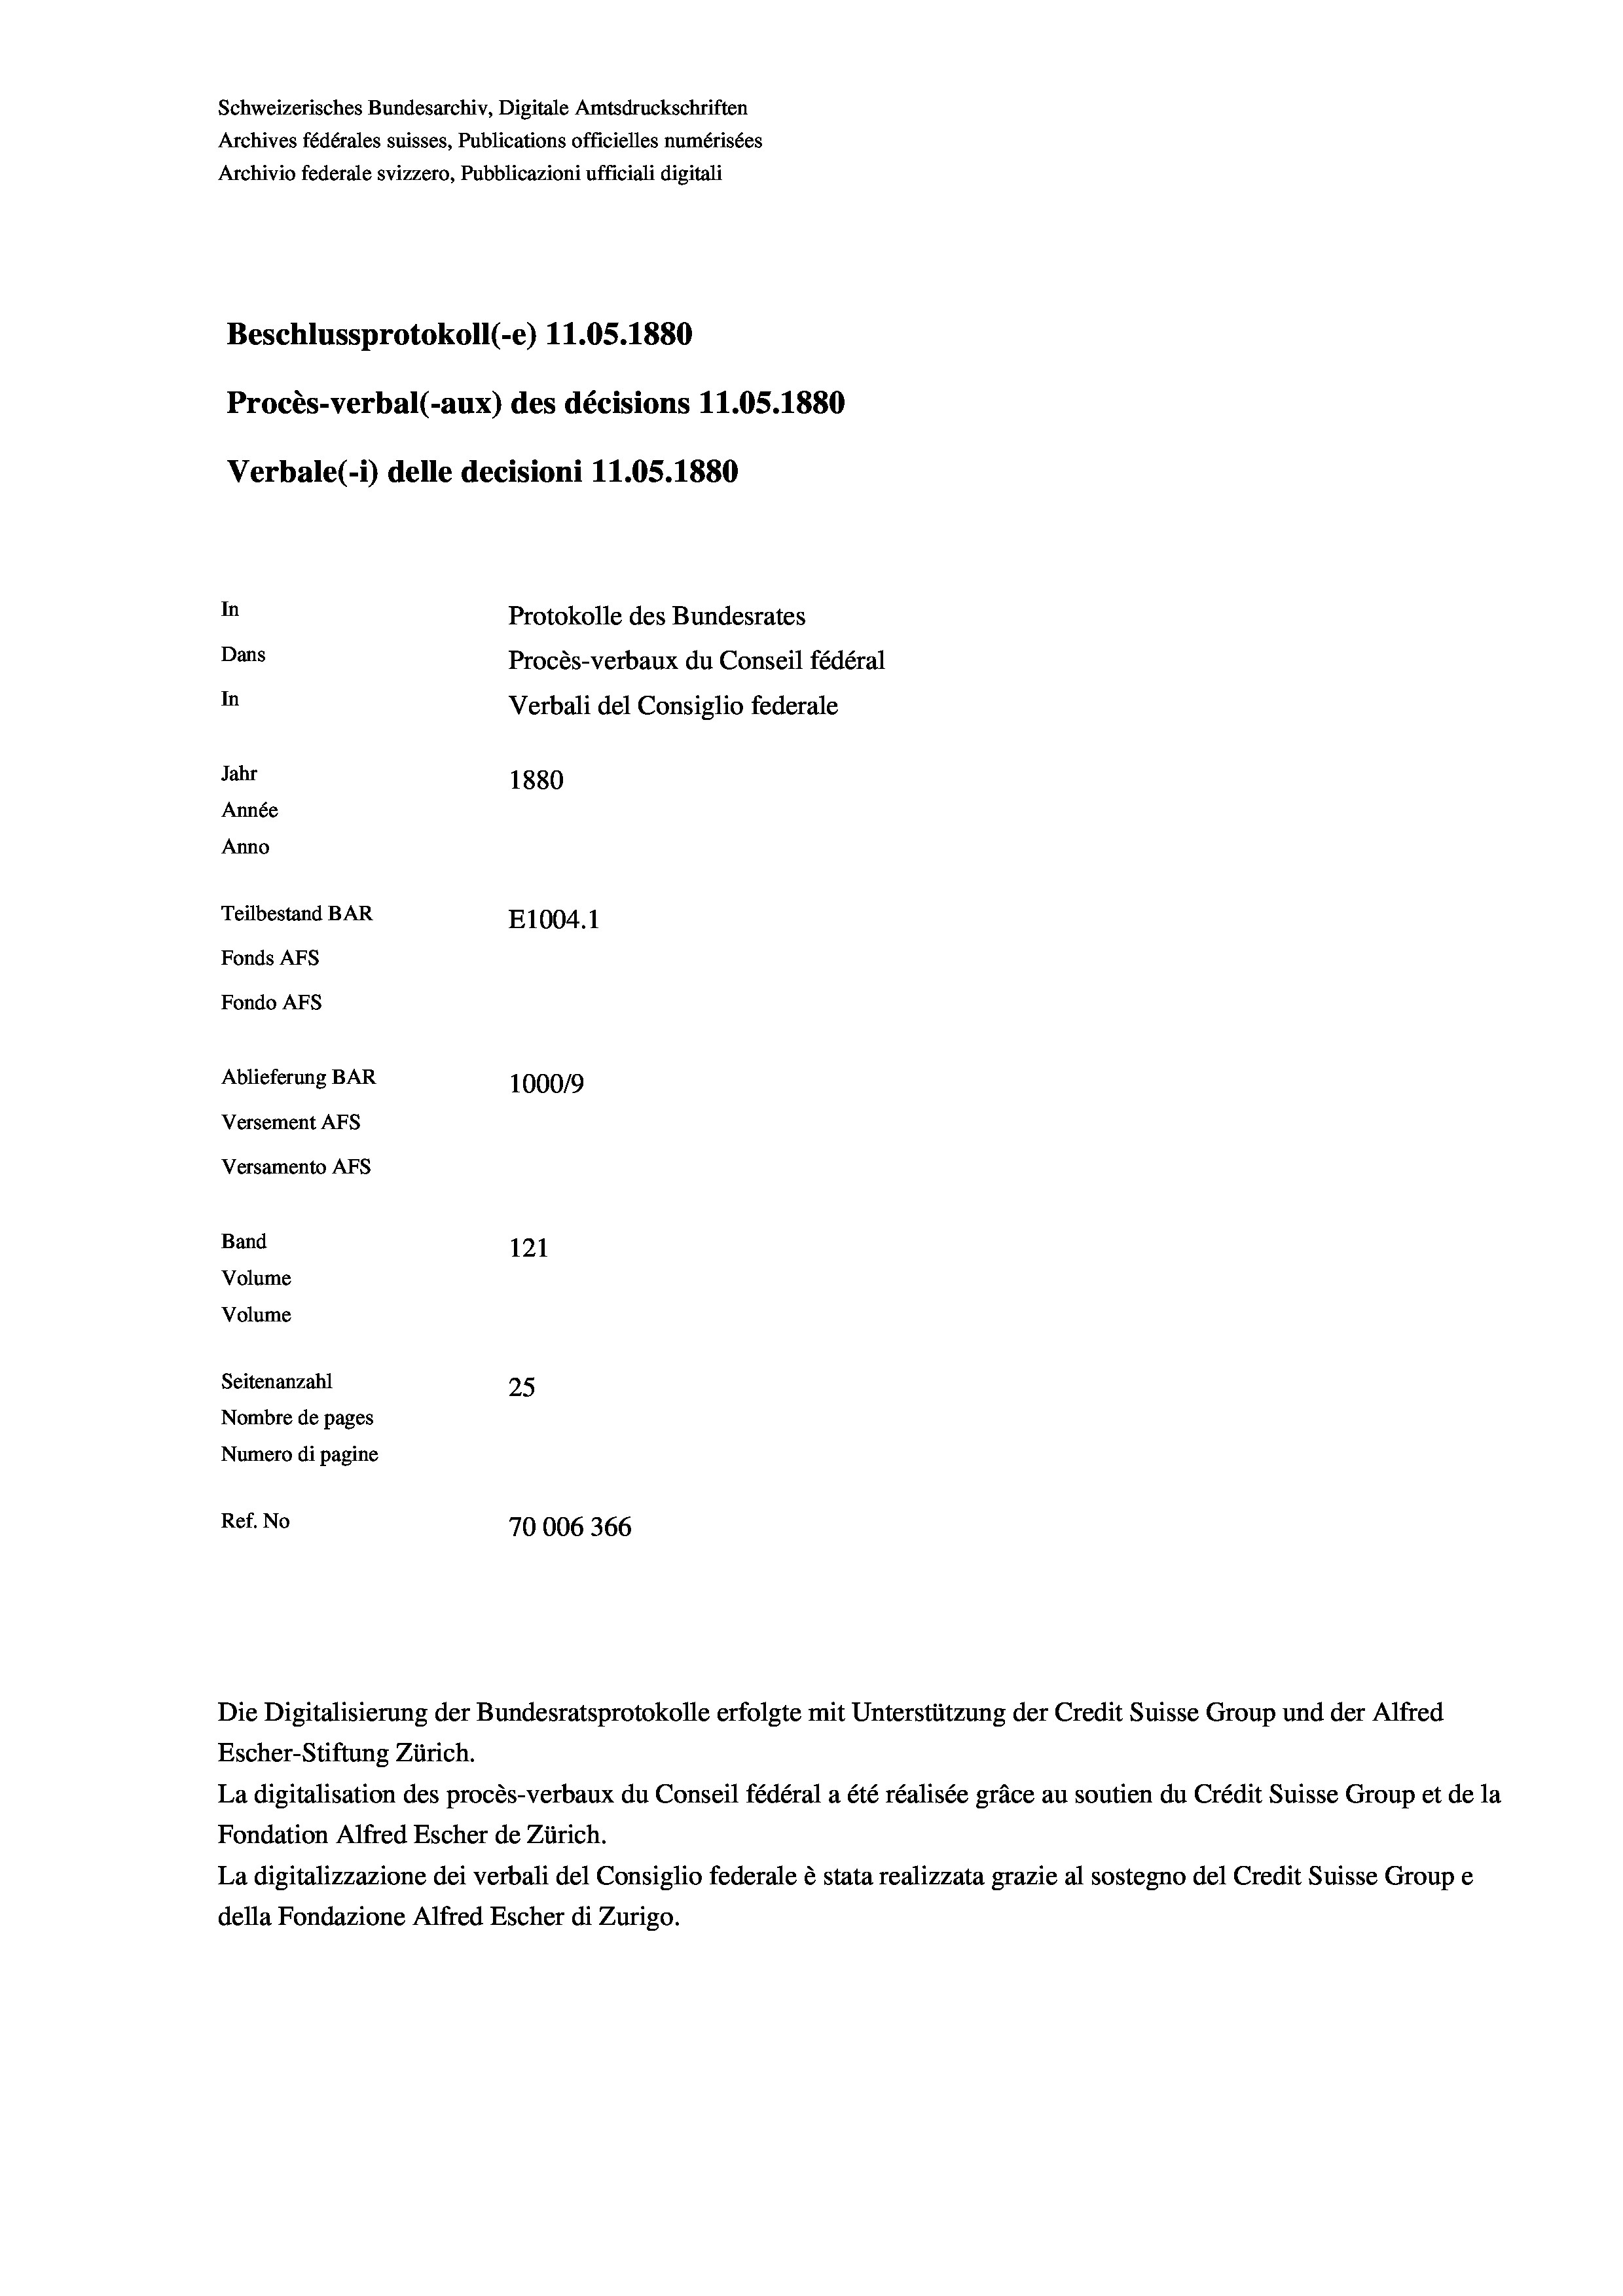
Schweizerisches Bundesarchiv, Digitale Amtsdruckschriften
Archives fédérales suisses, Publications officielles numérisées
Archivio federale svizzero, Pubblicazioni ufficiali digitali
Beschlussprotokoll (-e) 11.05. 1880
Procès-verbal (-aux) des décisions 11.05.1880
Verbale (1) delle decisioni 11.05. 1880
In
Protokolle des Bundesrates
Dans
Procès-verbaux du Conseil fédéral
In
Verbali del Consiglio federale
Jahr
1880
Année
Anno
Teilbestand BAR
E1004. 1
Fonds Afs
Fondo AFs
Ablieferung BAR
100019
Versement AFS
Versamento AFS
Band
121
Volume
Volume
Seitenanzahl
25
Nombre de pages
Numero di pagine
Ref. No
70006366

Escher-Stiftung Zürich.
La digitalisation des procès-verbaux du Conseil fédéral a été réalisée gräce au soutien du Crédit Suisse Group et de la
Fondation Alfred Escher de Zürich.
La digitalizzazione dei verbali del Consiglio federale è stata realizzata grazie al sostegno del Credit Suisse Groupe
della Fondazione Alfred Escher di Zurigo.

Die Digitalisierung der Bundesratsprotokolle erfolgte mit Unterstützung der Credit Suisse Group und der Alfred